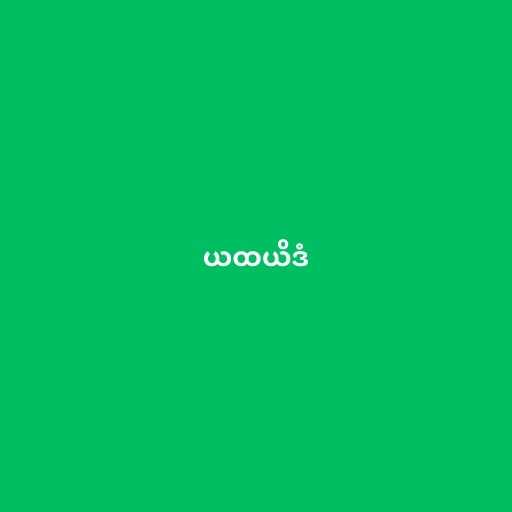
ယထယိဒံ